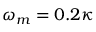
\omega _ { m } = 0 . 2 \kappa